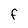
Character: f